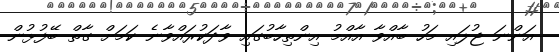
އަންނަ ޖުލައި މަހު ބާއްވާ އާއްމު އިންތިހާބުގައި ވާދަކުރައްވާނެ ކަމަށް ގާތް ބޭފުޅުން